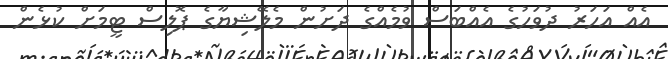
އެއް އަހަރު ދުވަހުގެ އެއްބަސް ވުމެއްގެ ދަށުން މެލޭޝިޔާގެ ޕޮލިސް ޓީމަށް ކުޅެން